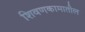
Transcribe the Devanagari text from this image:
शिवणकामातील